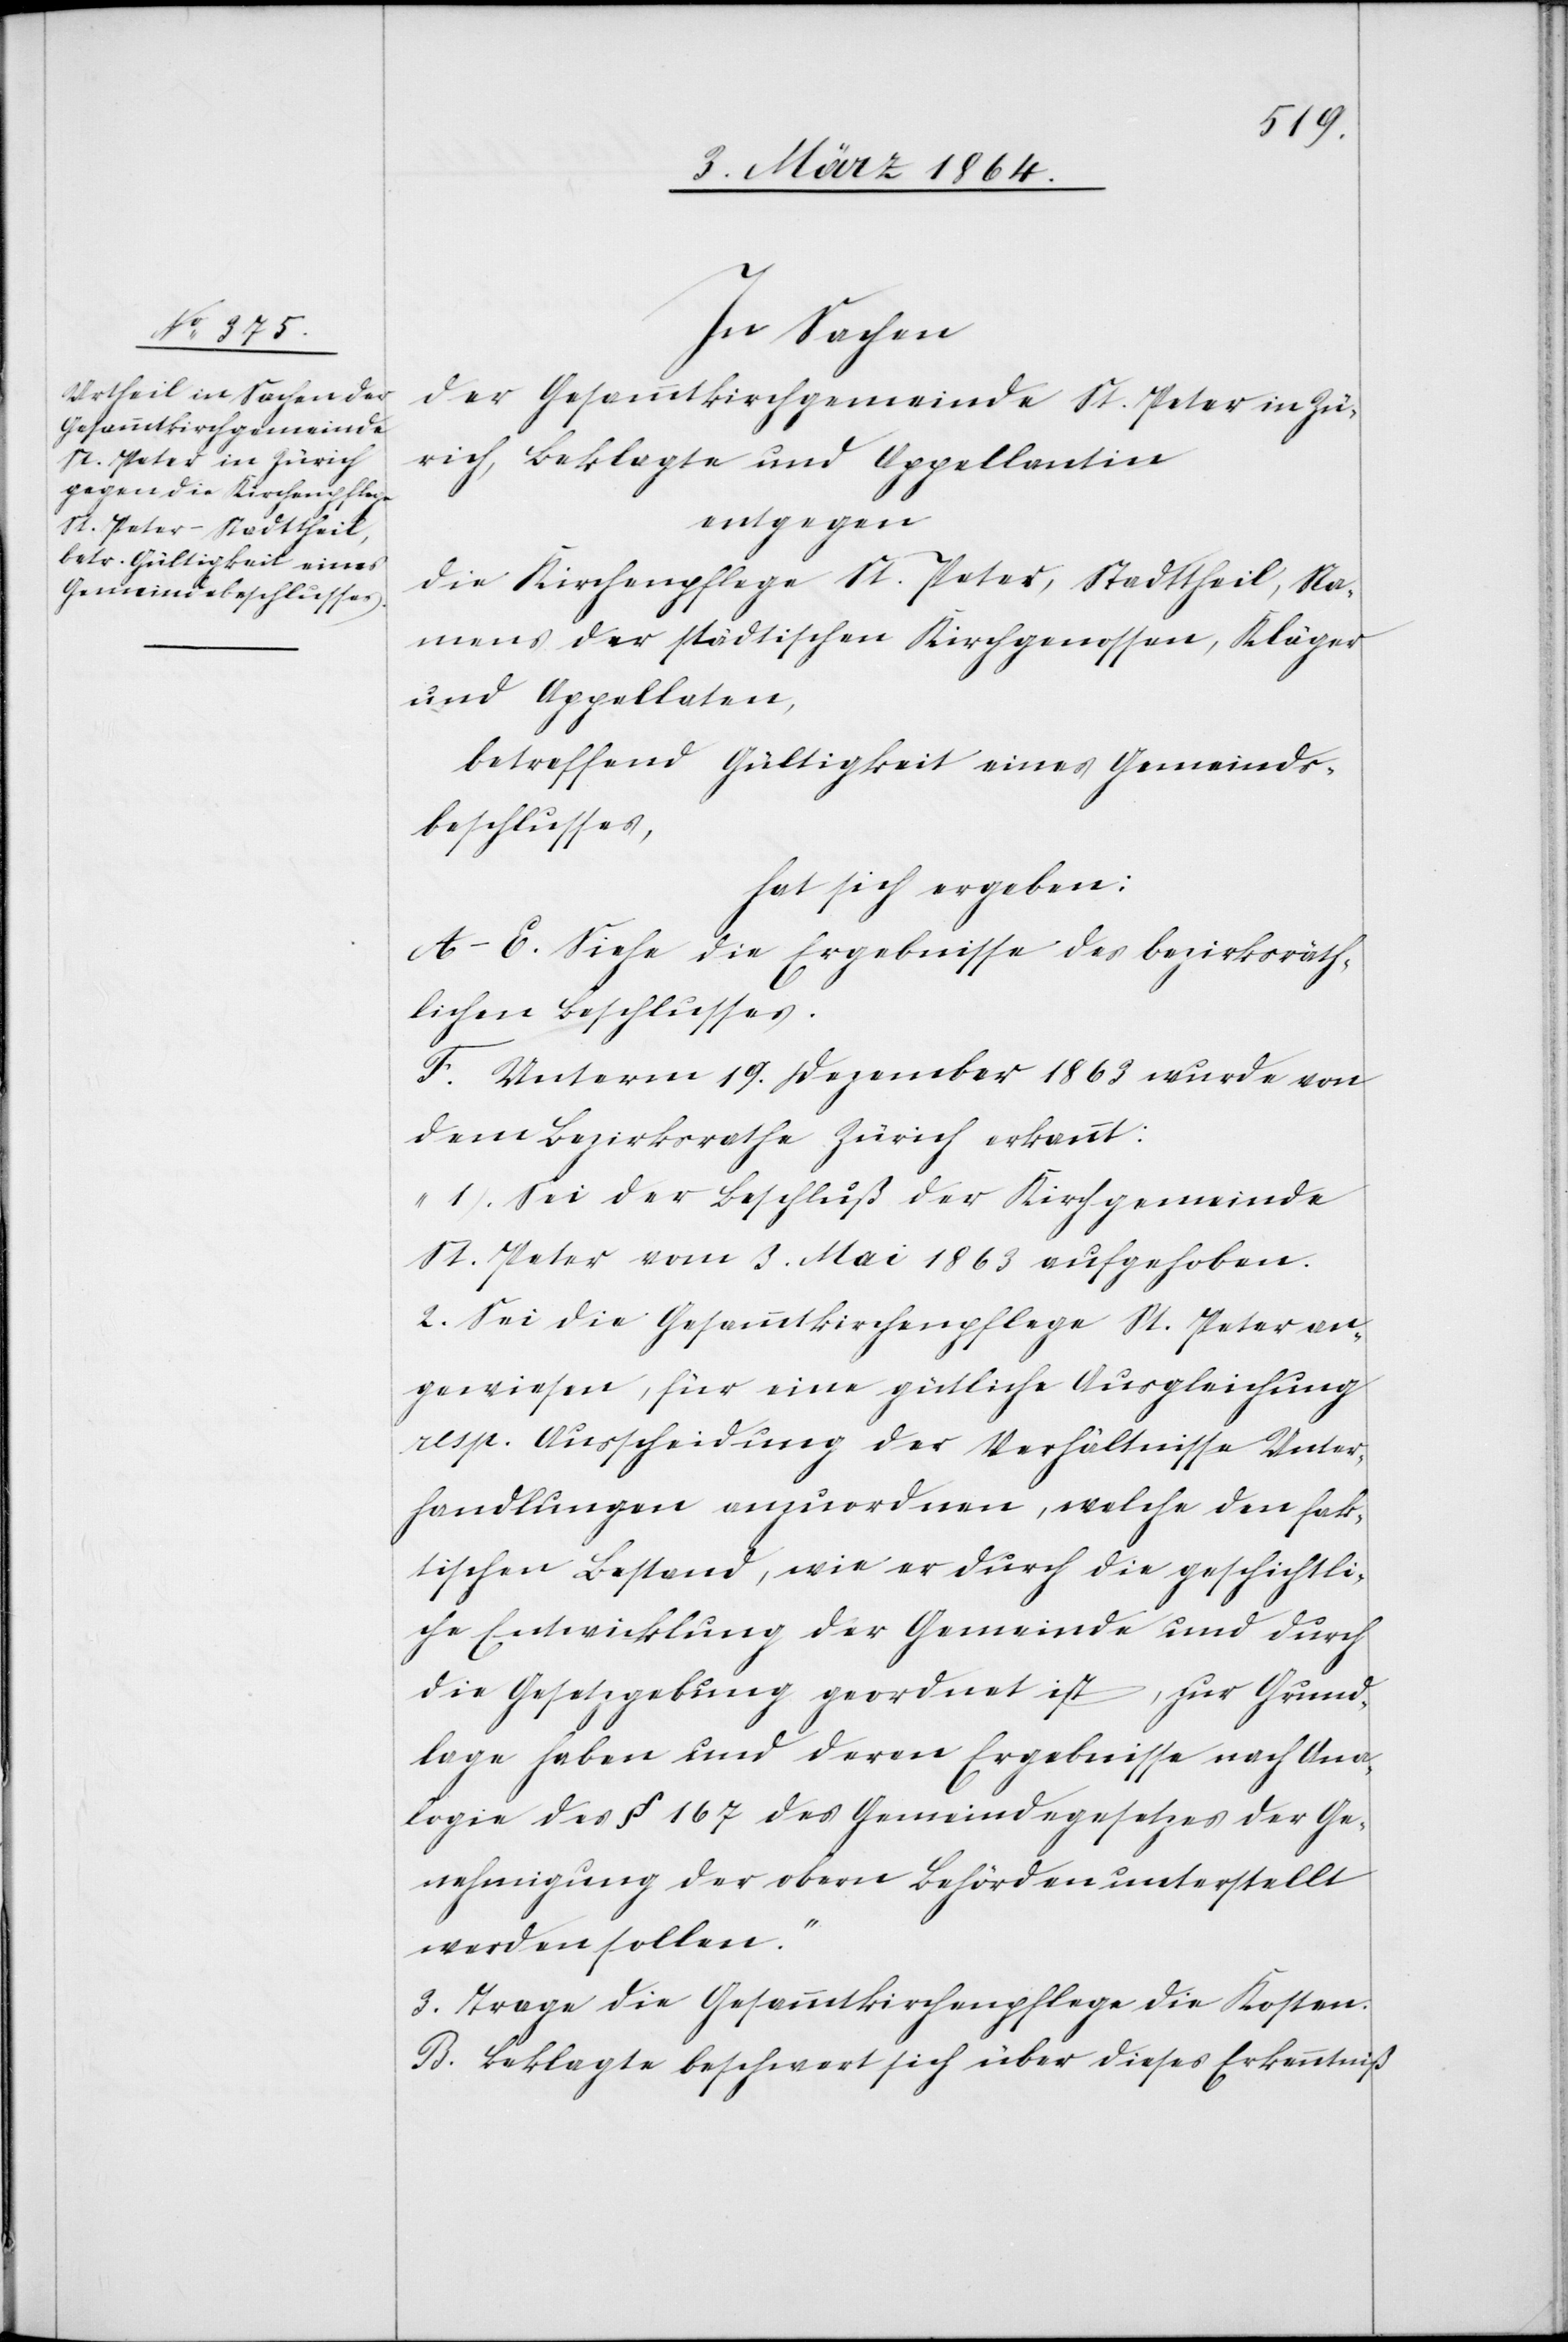
In Sachen
der Gesammtkirchgemeinde St. Peter in Zü¬
rich, Beklagte und Appellantin
entgegen
die Kirchenpflege St. Peter, Stadttheil, Na¬
mens der städtischen Kirchgenossen, Kläger
und Appellaten,
betreffend Gültigkeit eines Gemeinds¬
beschlusses,
hat sich ergeben:
A–E. Siehe die Ergebnisse des bezirksräth¬
lichen Beschlusses.
F. Unterm 19. Dezember 1863 wurde von
dem Bezirksrathe Zürich erkannt:
„1.) Sei der Beschluß der Kirchgemeinde
St. Peter vom 3. Mai 1863 aufgehoben.
2.) Sei die Gesammtkirchenpflege St. Peter an¬
gewiesen, für eine gütliche Ausgleichung
resp. Ausscheidung der Verhältnisse Unter¬
handlungen anzuordnen, welche den fak¬
tischen Bestand, wie er durch die geschichtli¬
che Entwicklung der Gemeinde und durch
die Gesetzgebung geordnet ist, zur Grund¬
lage haben und deren Ergebnisse nach Ana¬
logie des § 167 des Gemeindegesetzes der Ge¬
nehmigung der obern Behörden unterstellt
werden sollen.“
3.) Trage die Gesammtkirchenpflege die Kosten.
G.] Beklagte beschwert sich über dieses Erkenntniß